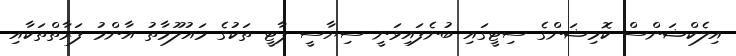
އިލެކްޝަންސް ކޮމިޝަންގެ ސިޓީގައި ބުނެފައިވަނީ ސިޔާސީ ޕާޓީ ތަކުގެ މައުލޫމާތު އާންމު ފަރާތްތަކާއި